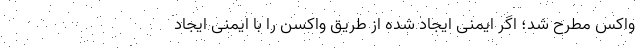
واکس مطرح شد؛ اگر ایمنی ایجاد شده از طریق واکسن را با ایمنی ایجاد